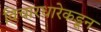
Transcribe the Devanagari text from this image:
विचारधारेकडून